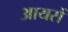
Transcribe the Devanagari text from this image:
आयसें